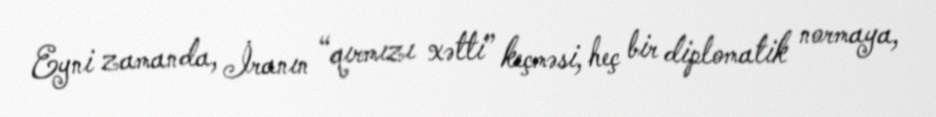
Eyni zamanda, İranın “qırmızı xətti” keçməsi, heç bir diplomatik normaya,